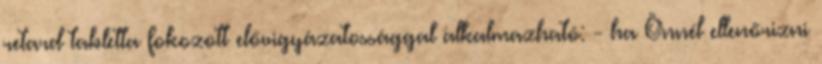
retard tabletta fokozott elővigyázatossággal alkalmazható: - ha Önnél ellenőrizni